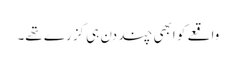
واقعے کو ابھی چند دن ہی گزرے تھے۔